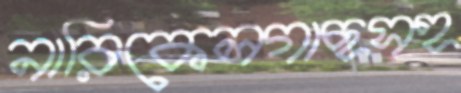
নারিকেলগাছসহ